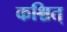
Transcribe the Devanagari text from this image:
कश्चित्‌